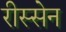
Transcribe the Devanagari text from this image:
रीस्सेन